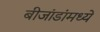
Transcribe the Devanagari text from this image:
बीजांडांमध्ये